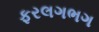
ફરલગભગ